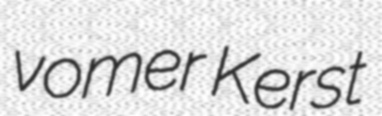
vomer Kerst